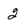
Character: 2